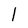
Character: l